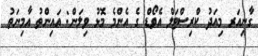
ގާނިއަރ މިއަދު ކްރިސްޓަލް އެވޯޑް ގެ އެންމެ މޮޅު ވިލަން: އައިންތު އާމިނަތު